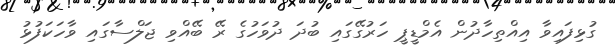
ގުޅިފައިވާ އިއްތިހާދުން އެމްޑީޕީ ހަރުގޭގައި ބުދަ ދުވަހުގެ ރޭ ބޭއްވި ޖަލްސާގައި ވާހަކަފުޅު